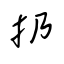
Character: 扔